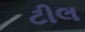
ટીલ